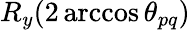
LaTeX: R_{y}(2\operatorname{arccos}\theta_{pq})